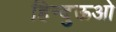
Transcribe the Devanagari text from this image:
हिन्दुऊओ